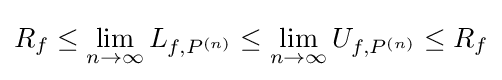
R_{f}\leq \lim _{n\to \infty }L_{f,P^{(n)}}\leq \lim _{n\to \infty }U_{f,P^{(n)}}\leq R_{f}